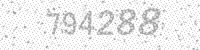
Solution: 794288